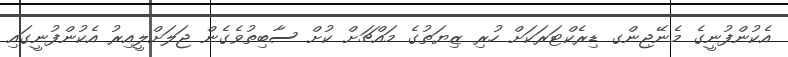
އެކުންފުނީގެ މެނޭޖިންގ ޑިރެކްޓަރަކަށް ހުރި ޒިޔަތުގެ މައްޗަށް ކުށް ސާބިތުވެގެން ޖަލަށްލީއިރު އެކުންފުނީގައި